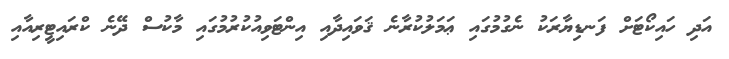
އަދި ހައިކޯޓަށް ފަނޑިޔާރަކު ނެގުމުގައި ޢަމަލުކުރާނެ ޤަވައިދާއި އިންޓަވިއުކުރުމުގައި މާކުސް ދޭނެ ކްރައިޓީރިއާއި